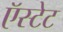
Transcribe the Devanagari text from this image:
ऍस्टेट